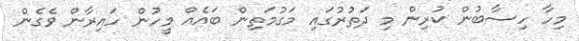
މިހާ ހިސާބުން ކުރިން މި ދަތުރުގައި މަގުމަތިން ބައެއް މީހުން ހައިރާން ވެގެން